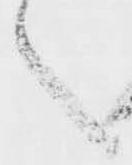
之